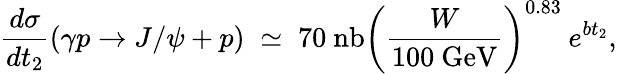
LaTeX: \frac{d\sigma}{dt_{2}}(\gamma p\rightarrow J/\psi+p)\; \simeq\; 70~\mathrm{nb}\left(\frac{W}{100~\mathrm{GeV}}\right)^{0.83}\: e^{bt_{2}},